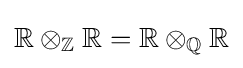
\mathbb {R} \otimes _{\mathbb {Z} }\mathbb {R} =\mathbb {R} \otimes _{\mathbb {Q} }\mathbb {R}